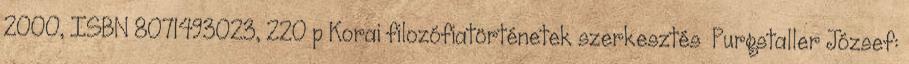
2000, ISBN 8071493023, 220 p Korai filozófiatörténetek szerkesztés Purgstaller József: